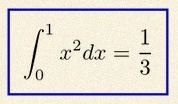
\int_0^1 x^2dx=\frac13